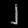
Digit: ၂